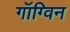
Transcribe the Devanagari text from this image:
गॉग्विन